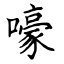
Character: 嚎